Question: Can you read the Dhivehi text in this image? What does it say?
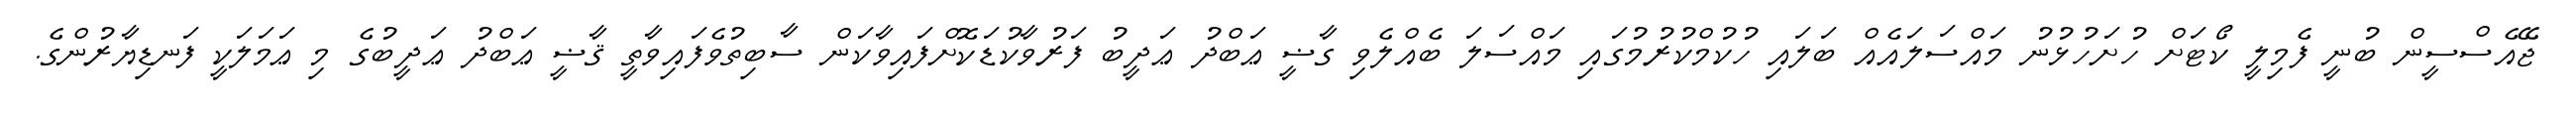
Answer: ޖޭއެސްސީން ބުނީ ފެމިލީ ކޯޓަށް ހުށަހުޅުނު މައްސަލައެއް ބަލައި ހުކުމްކުރުމުގައި މައްސަލަ ބެއްލެވި ގާޟީ ޢަބްދު ޢަދީބު ފަރުވާކުޑަކޮށްފައިވާކަން ސާބިތުވެފައިވާތީ ޤާޟީ ޢަބްދު ޢަދީބުގެ މި ޢަމަލަކީ ފަނޑިޔާރުންގެ.